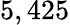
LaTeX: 5,425